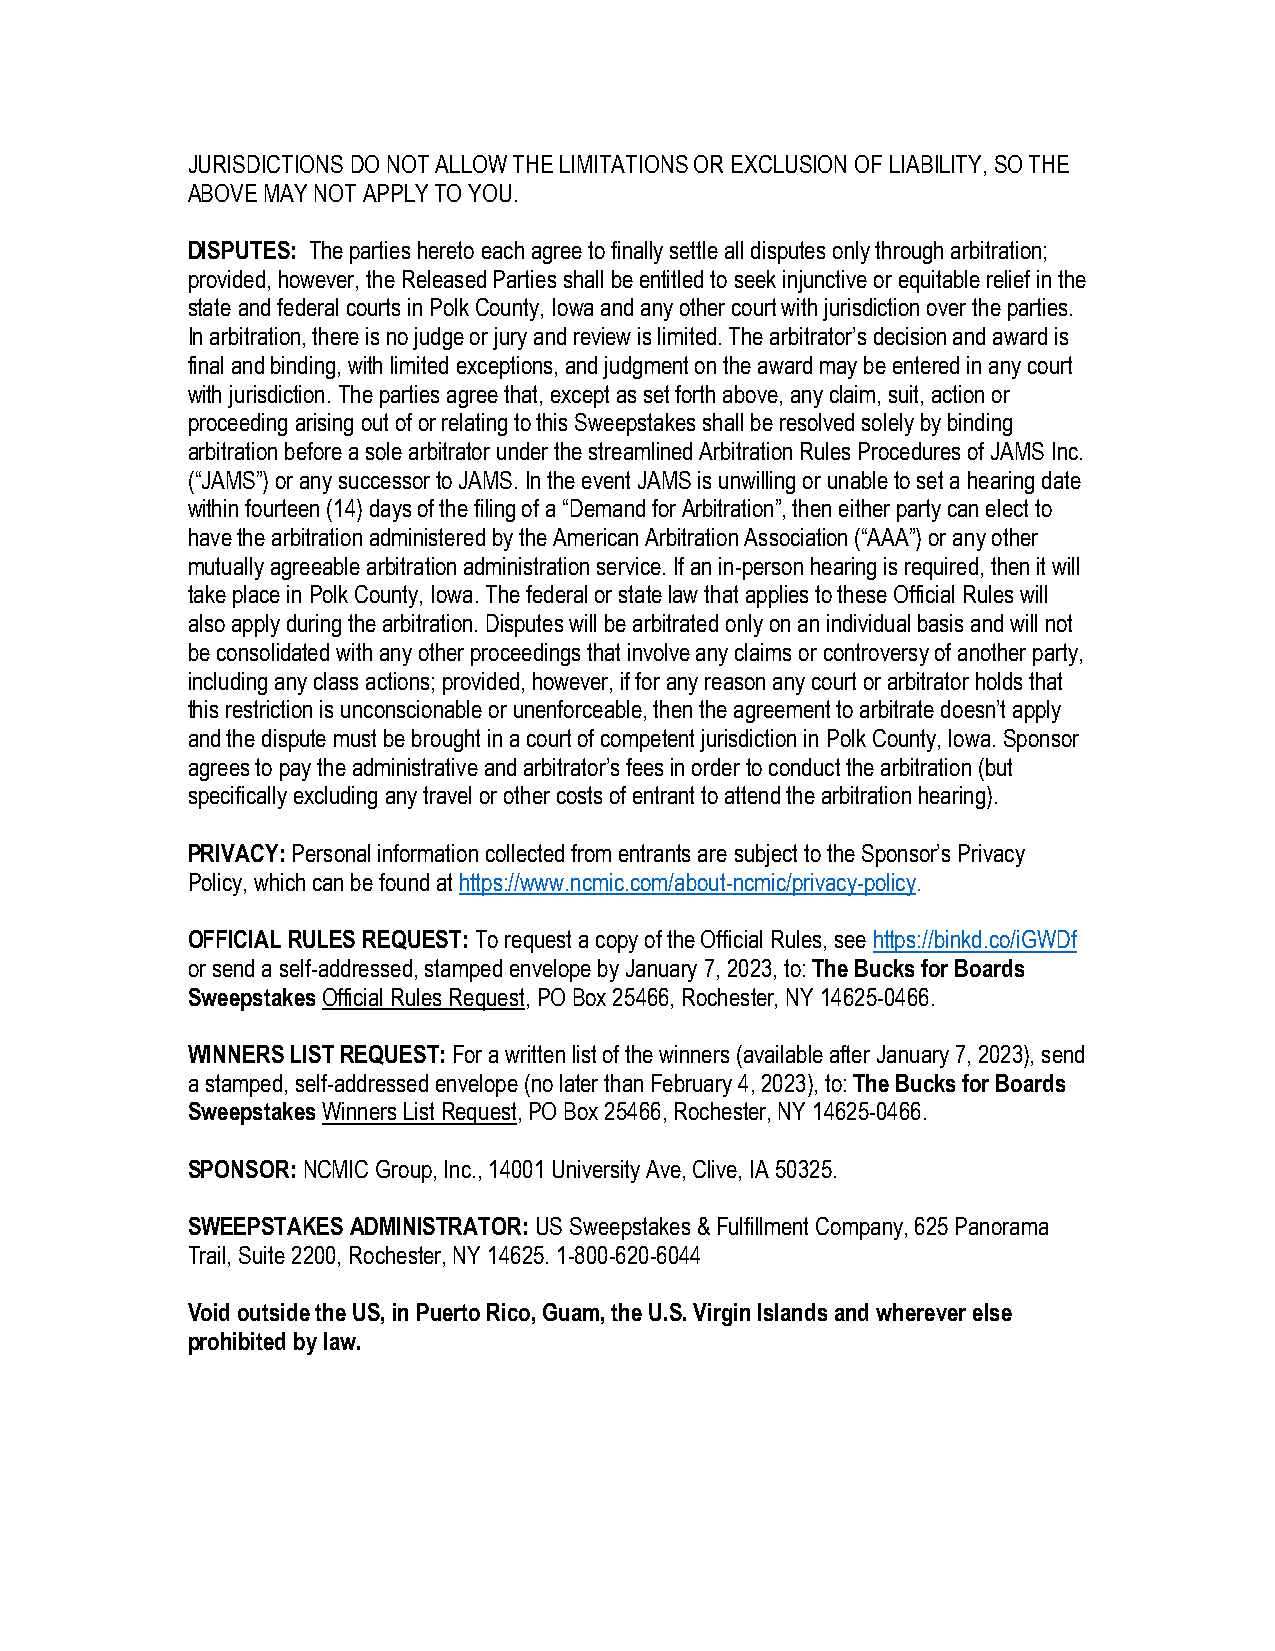
JURISDICTIONS DO NOT ALLOW THE LIMITATIONS OR EXCLUSION OF LIABILITY, SO THE
 ABOVE MAY NOT APPLY TO YOU.
 DISPUTES: The parties hereto each agree to finally settle all disputes only through arbitration;
 provided, however, the Released Parties shall be entitled to seek injunctive or equitable relief in the
 state and federal courts in Polk County, Iowa and any other court with jurisdiction over the parties.
 In arbitration, there is no judge or jury and review is limited. The arbitrator’s decision and award is
 final and binding, with limited exceptions, and judgment on the award may be entered in any court
 with jurisdiction. The parties agree that, except as set forth above, any claim, suit, action or
 proceeding arising out of or relating to this Sweepstakes shall be resolved solely by binding
 arbitration before a sole arbitrator under the streamlined Arbitration Rules Procedures of JAMS Inc.
 (“JAMS”) or any successor to JAMS. In the event JAMS is unwilling or unable to set a hearing date
 within fourteen (14) days of the filing of a “Demand for Arbitration”, then either party can elect to
 have the arbitration administered by the American Arbitration Association (“AAA”) or any other
 mutually agreeable arbitration administration service. If an in-person hearing is required, then it will
 take place in Polk County, Iowa. The federal or state law that applies to these Official Rules will
 also apply during the arbitration. Disputes will be arbitrated only on an individual basis and will not
 be consolidated with any other proceedings that involve any claims or controversy of another party,
 including any class actions; provided, however, if for any reason any court or arbitrator holds that
 this restriction is unconscionable or unenforceable, then the agreement to arbitrate doesn’t apply
 and the dispute must be brought in a court of competent jurisdiction in Polk County, Iowa. Sponsor
 agrees to pay the administrative and arbitrator’s fees in order to conduct the arbitration (but
 specifically excluding any travel or other costs of entrant to attend the arbitration hearing).
 PRIVACY: Personal information collected from entrants are subject to the Sponsor’s Privacy
 Policy, which can be found at https://www.ncmic.com/about-ncmic/privacy-policy.
 OFFICIAL RULES REQUEST: To request a copy of the Official Rules, see https://binkd.co/iGWDf
 or send a self-addressed, stamped envelope by January 7, 2023, to: The Bucks for Boards
 Sweepstakes Official Rules Request, PO Box 25466, Rochester, NY 14625-0466.
 WINNERS LIST REQUEST: For a written list of the winners (available after January 7, 2023), send
 a stamped, self-addressed envelope (no later than February 4, 2023), to: The Bucks for Boards
 Sweepstakes Winners List Request, PO Box 25466, Rochester, NY 14625-0466.
 SPONSOR: NCMIC Group, Inc., 14001 University Ave, Clive, IA 50325.
 SWEEPSTAKES ADMINISTRATOR: US Sweepstakes & Fulfillment Company, 625 Panorama
 Trail, Suite 2200, Rochester, NY 14625. 1-800-620-6044
 Void outside the US, in Puerto Rico, Guam, the U.S. Virgin Islands and wherever else
 prohibited by law.